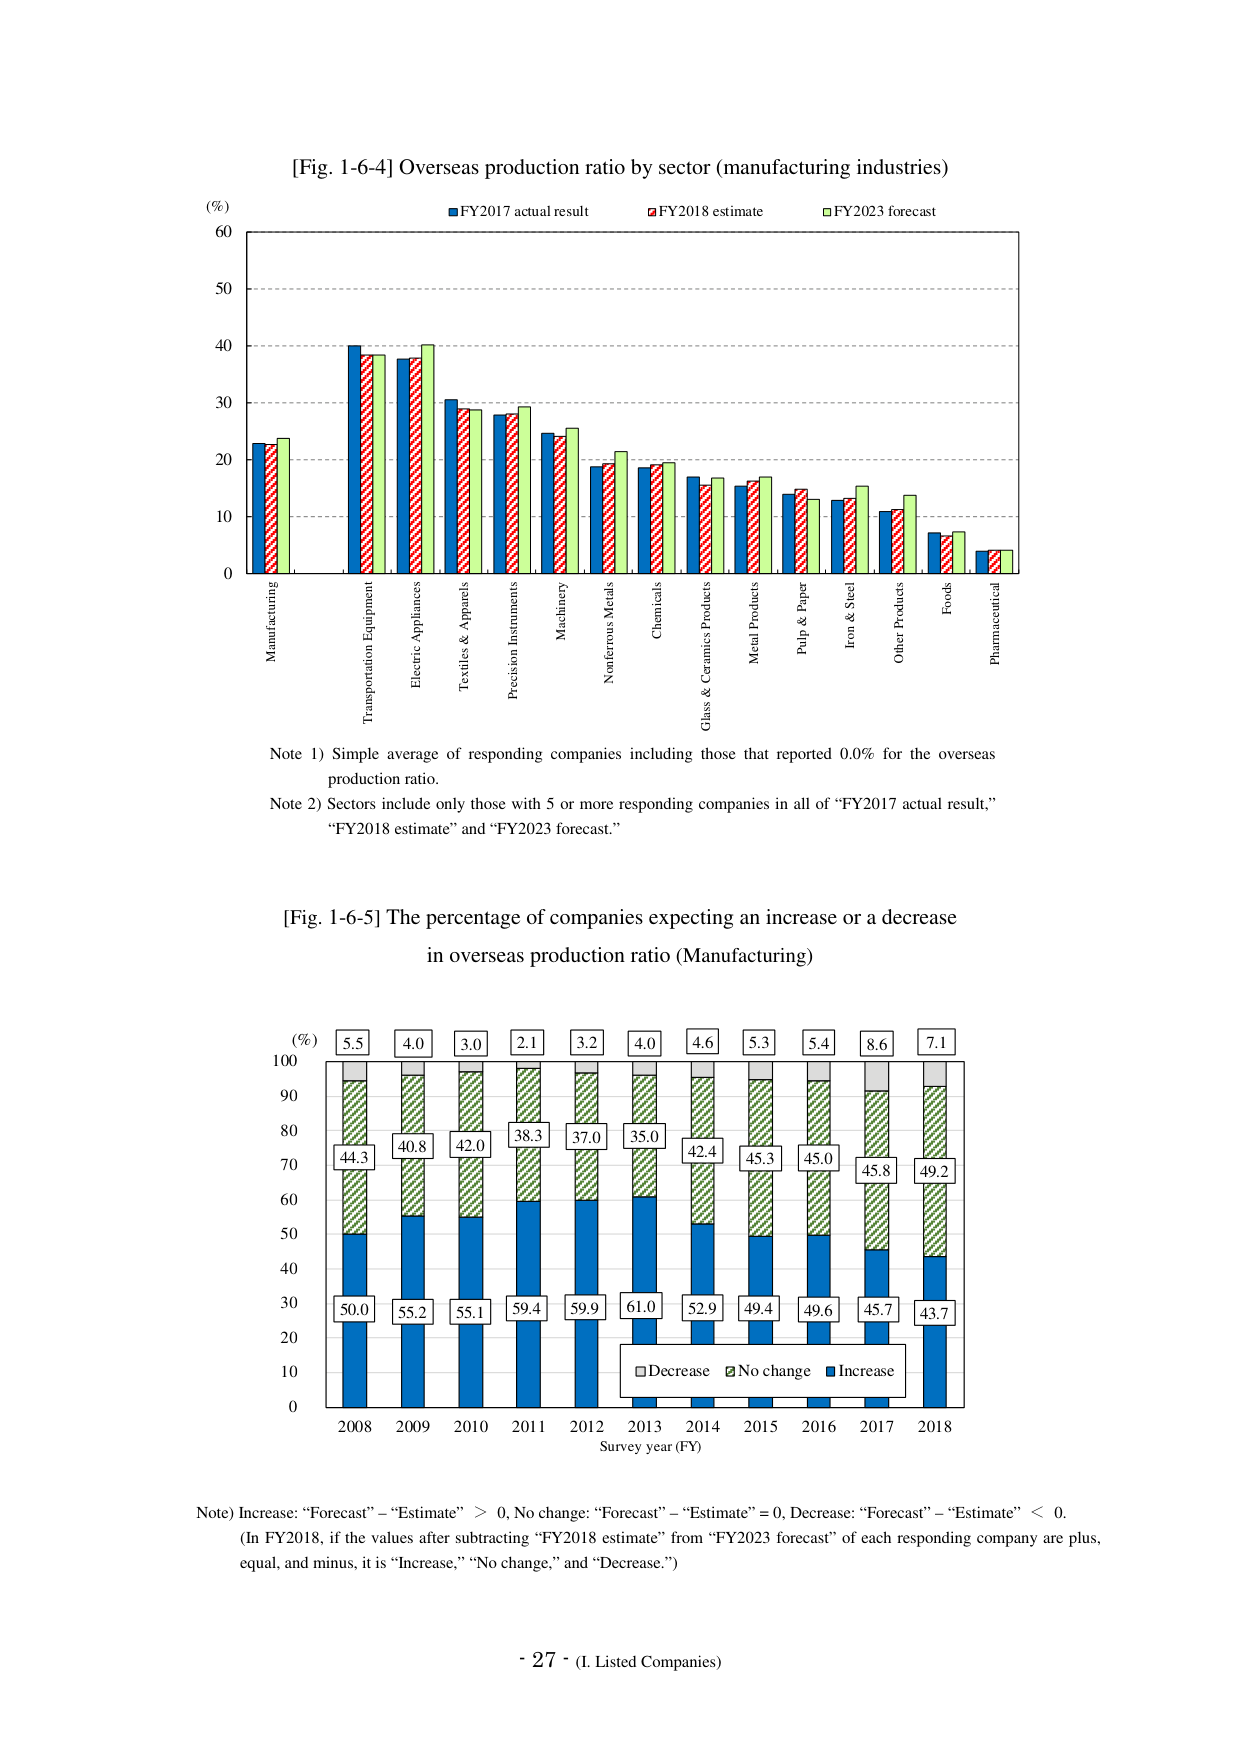
[Fig. 1-6-4] Overseas production ratio by sector (manufacturing industries)

(%)
60
50
40
30
20
10
0

■ FY2017 actual result
■ FY2018 estimate
■ FY2023 forecast

Manufacturing
Transportation Equipment
Electric Appliances
Textiles & Apparels
Precision Instruments
Machinery
Nonferrous Metals
Chemicals
Glass & Ceramics Products
Metal Products
Pulp & Paper
Iron & Steel
Other Products
Foods
Pharmaceutical

Note 1) Simple average of responding companies including those that reported 0.0% for the overseas production ratio.
Note 2) Sectors include only those with 5 or more responding companies in all of “FY2017 actual result,” “FY2018 estimate” and “FY2023 forecast.”

[Fig. 1-6-5] The percentage of companies expecting an increase or a decrease in overseas production ratio (Manufacturing)

(%)
100
90
80
70
60
50
40
30
20
10
0

5.5
4.0
3.0
2.1
3.2
4.0
4.6
5.3
5.4
8.6
7.1

44.3
40.8
42.0
38.3
37.0
35.0
42.4
45.3
45.0
45.8
49.2

50.0
55.2
55.1
59.4
59.9
61.0
52.9
49.4
49.6
45.7
43.7

□ Decrease
■ No change
■ Increase

2008 2009 2010 2011 2012 2013 2014 2015 2016 2017 2018
Survey year (FY)

Note) Increase: “Forecast” – “Estimate” > 0, No change: “Forecast” – “Estimate” = 0, Decrease: “Forecast” – “Estimate” < 0.
(In FY2018, if the values after subtracting “FY2018 estimate” from “FY2023 forecast” of each responding company are plus, equal, and minus, it is “Increase,” “No change,” and “Decrease.”)

- 27 - (I. Listed Companies)